Leprosy in India: report of the Leprosy Commission in India, 1890-91
Year: 1890
Disease focus: Leprosy
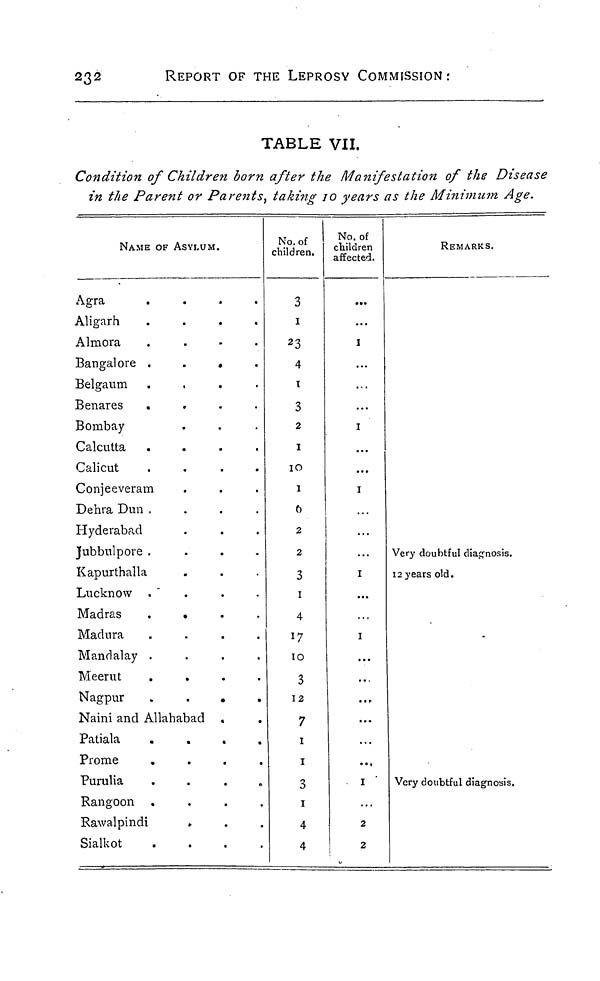
232
REPORT OF THE LEPROSY COMMISSION:
TABLE VII.
Condition of Children born after the Manifestation of the Disease
in the Parent or Parents, taking 10 years as the Minimum Age.
NAME OF ASYLUM.
A g r a
.
.
.
.
A l i g a r h
.
.
.
.
A l m o r a
.
.
.
.
B a n g a l o r e
.
.
.
.
B e l g a u m
.
.
.
.
B e n a r e s
.
B o m b a y
C a l c u t t a
.
.
.
.
C a l i c u t
.
.
.
.
C o n j e e v e r a m
D e h r a D u n
.
.
.
.
H y d e r a b a d
J u b b u l p o r e
.
.
.
.
K a p u r t h a l l a
L u c k n o w
.
.
.
.
M a d r a s
.
.
.
.
M a d u r a
.
.
.
.
M a n d a l a y
.
.
.
.
M e e r u t
.
.
.
.
N a g p u r
.
.
.
.
N a i n i a n d A l l a h a b a d .
P a t i a l a
.
.
.
.
P r o m e
.
.
.
.
P u r u l i a
.
.
.
.
R a n g o o n
.
.
.
.
R a w a l p i n d i
S i a l k o t
.
.
.
.
No. of
children.
3
1
23
4
t
3
2
1
10
1
6
2
2
3
1
4
17
10
3
12
7
1
1
3
1
4
4
No. of
children
affected.
...
...
I
...
...
I
...
...
I
1
...
1
...
...
...
...
...
I
2
2
REMARKS.
Very doubtful diagnosis.
12 years old.
Very doubtful diagnosis.